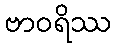
ဗာဝရိဿ